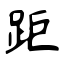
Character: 距